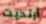
أرتديت